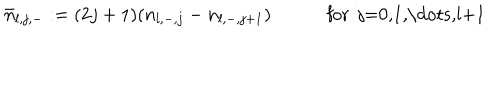
LaTeX: \bar { n } _ { l , j , - } : = ( 2 j + 1 ) ( n _ { l , - , j } - n _ { l , - , j + 1 } ) \qquad \quad \mathrm { f o r ~ j = 0 , 1 , \dots , l + 1 ~ }